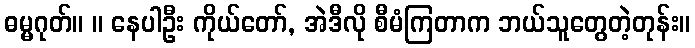
ဓမ္မဂုတ်။ ။ နေပါဦး ကိုယ်တော်, အဲဒီလို စီမံကြတာက ဘယ်သူတွေတဲ့တုန်း။